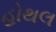
હોથલ